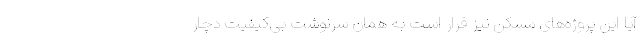
آیا این پروژه‌های مسکن نیز قرار است به همان سرنوشتِ بی‌کیفیت دچار